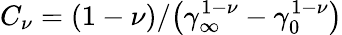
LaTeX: C_{\nu}=\left(1-\nu\right)/\big(\gamma_{\infty}^{1-\nu}-\gamma_{0}^{1-\nu}\big)